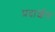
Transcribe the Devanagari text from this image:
प्रदार्शन